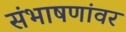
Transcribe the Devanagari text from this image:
संभाषणांवर